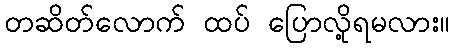
တဆိတ်လောက် ထပ် ပြောလို့ရမလား။